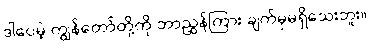
ဒါပေမဲ့ ကျွန်တော်တို့ကို ဘာညွှန်ကြား ချက်မှမရှိသေးဘူး။